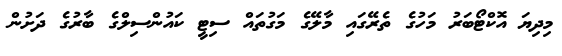
މިދިޔަ އޮކްޓޯބަރު މަހުގެ ތެރޭގައި މާލޭގެ މަގުތައް ސިޓީ ކައުންސިލްގެ ބާރުގެ ދަށުން